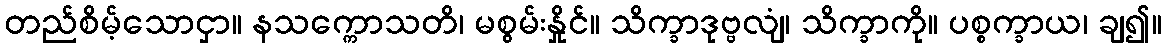
တည်စိမ့်သောငှာ။ နသက္ကောသတိ၊ မစွမ်းနှိုင်။ သိက္ခာဒုဗ္ဗလျံ၊ သိက္ခာကို။ ပစ္စက္ခာယ၊ ချ၍။